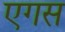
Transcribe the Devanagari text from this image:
एगस